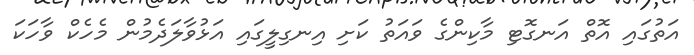
އަތުގައި އޮތް އަނގޮޓި މާކިންގެ ވައަތު ކަށި އިނގިލީގައި އަޅުވާލަދެމުން މެހެކް ވާހަކަ